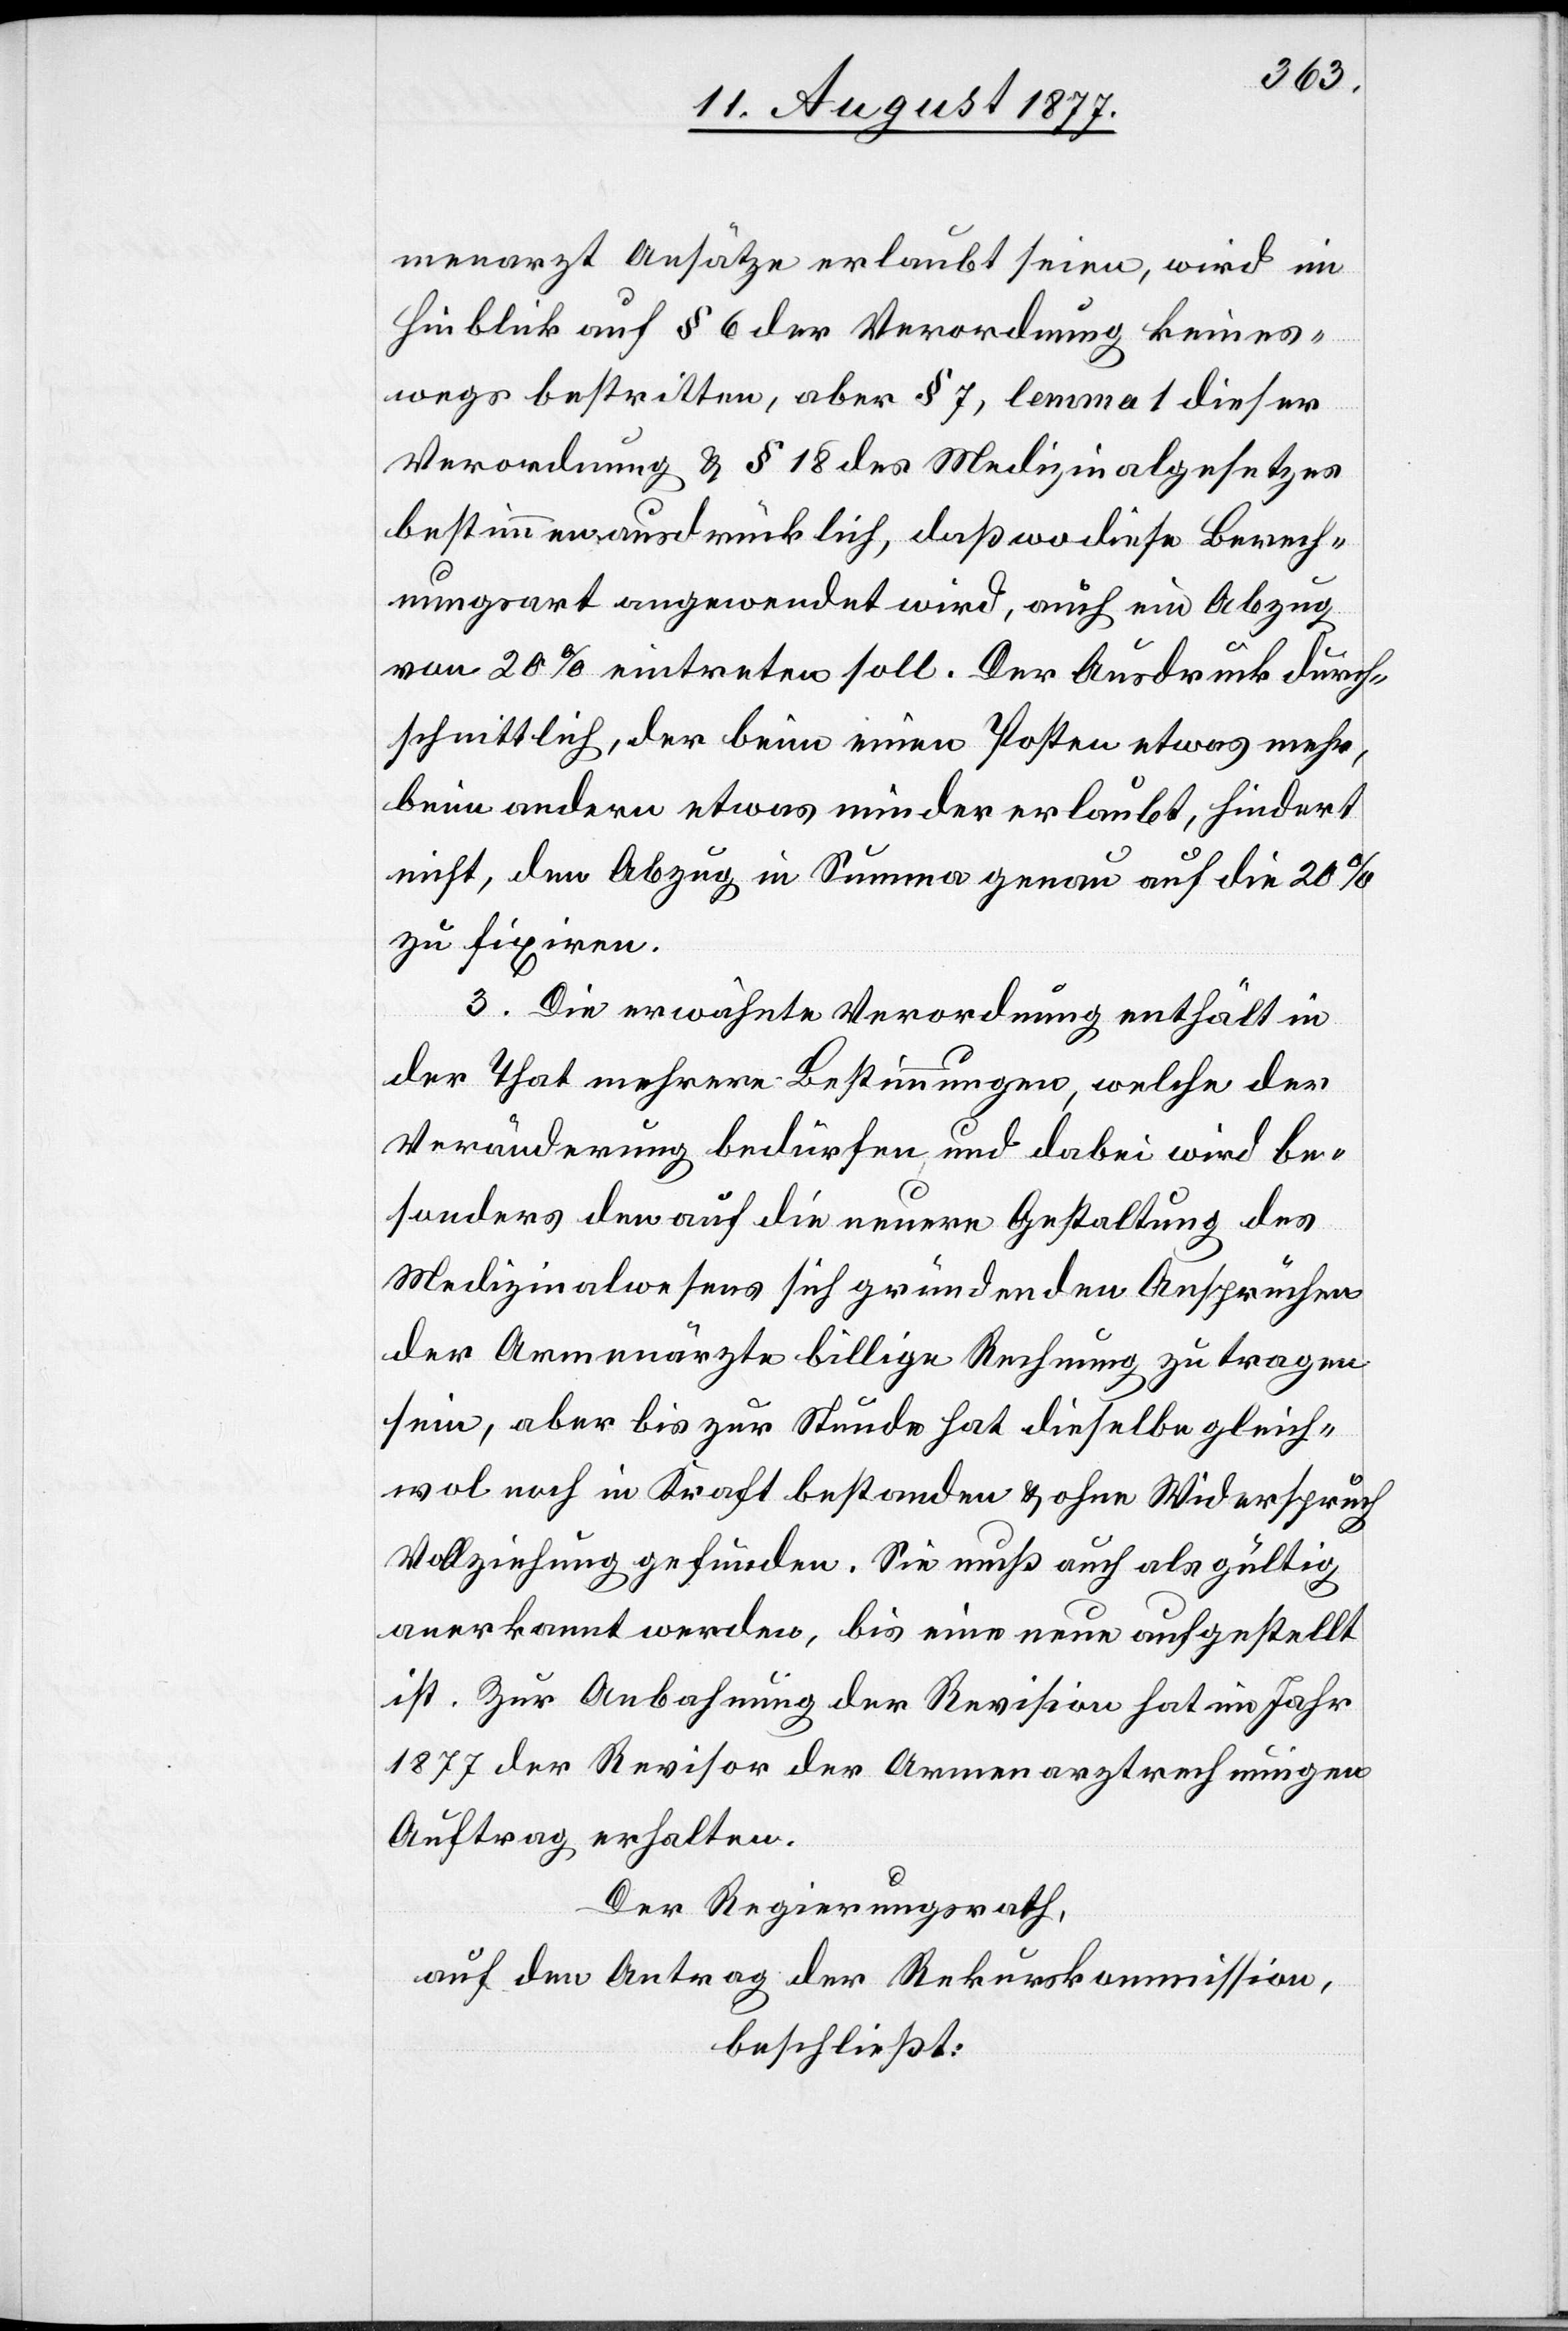
menarzt Ansätze erlaubt seien, wird im
Hinblick auf § 6 der Verordnung keines¬
wegs bestritten, aber § 7, lemma 1 dieser
Verordnung & § 18 des Medizinalgesetzes
bestimmen ausdrücklich, daß wo diese Berech¬
nungsart angewendet wird, auch ein Abzug
von 20% eintreten soll. Der Ausdruck durch¬
schnittlich, der beim einen Posten etwas mehr,
beim andern etwas minder erlaubt, hindert
nicht, den Abzug in Summa genau auf die 20%
zu fixiren.
3. Die erwähnte Verordnung enthält in
der That mehrere Bestimmungen, welche der
Veränderung bedürfen, und dabei wird be¬
sonders den auf die neuere Gestaltung des
Medizinalwesens sich gründenden Ansprüchen
der Armenärzte billige Rechnung zu tragen
sein, aber bis zur Stunde hat dieselbe gleich¬
wol noch in Kraft bestanden & ohne Widerspruch
Vollziehung gefunden. Sie muß auch als gültig
anerkannt werden, bis eine neue aufgestellt
ist. Zur Anbahnung der Revision hat im Jahr
1877 der Revisor der Armenarztrechnungen
Auftrag erhalten.
Der Regierungsrath,
auf den Antrag der Rekurskommission,
beschließt: